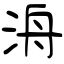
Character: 洀